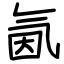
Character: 氤